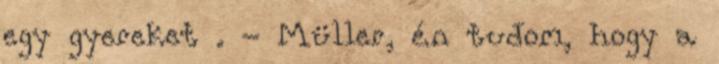
egy gyereket . - Müller, én tudom, hogy a